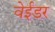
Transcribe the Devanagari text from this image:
वेईडर